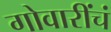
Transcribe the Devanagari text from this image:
गोवारींचं